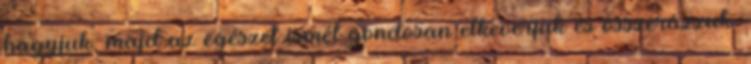
hagyjuk, majd az egészet ismét gondosan elkeverjük és összerázzuk.